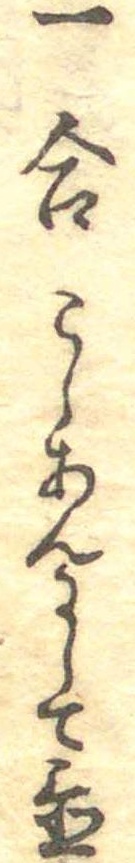
一合こしあんにして置